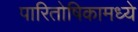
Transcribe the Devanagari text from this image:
पारितोषिकामध्ये